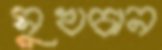
সুখচান